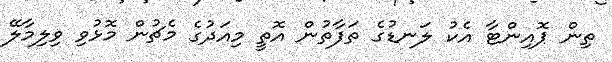
ތިން ޕޮއިންޓާ އެކު ލަނޑުގެ ތަފާތުން އޮތީ މިއަދުގެ މެޗުން މޮޅުވި ވިލިމާލޭ